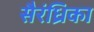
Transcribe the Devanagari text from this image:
सैरंध्रिका